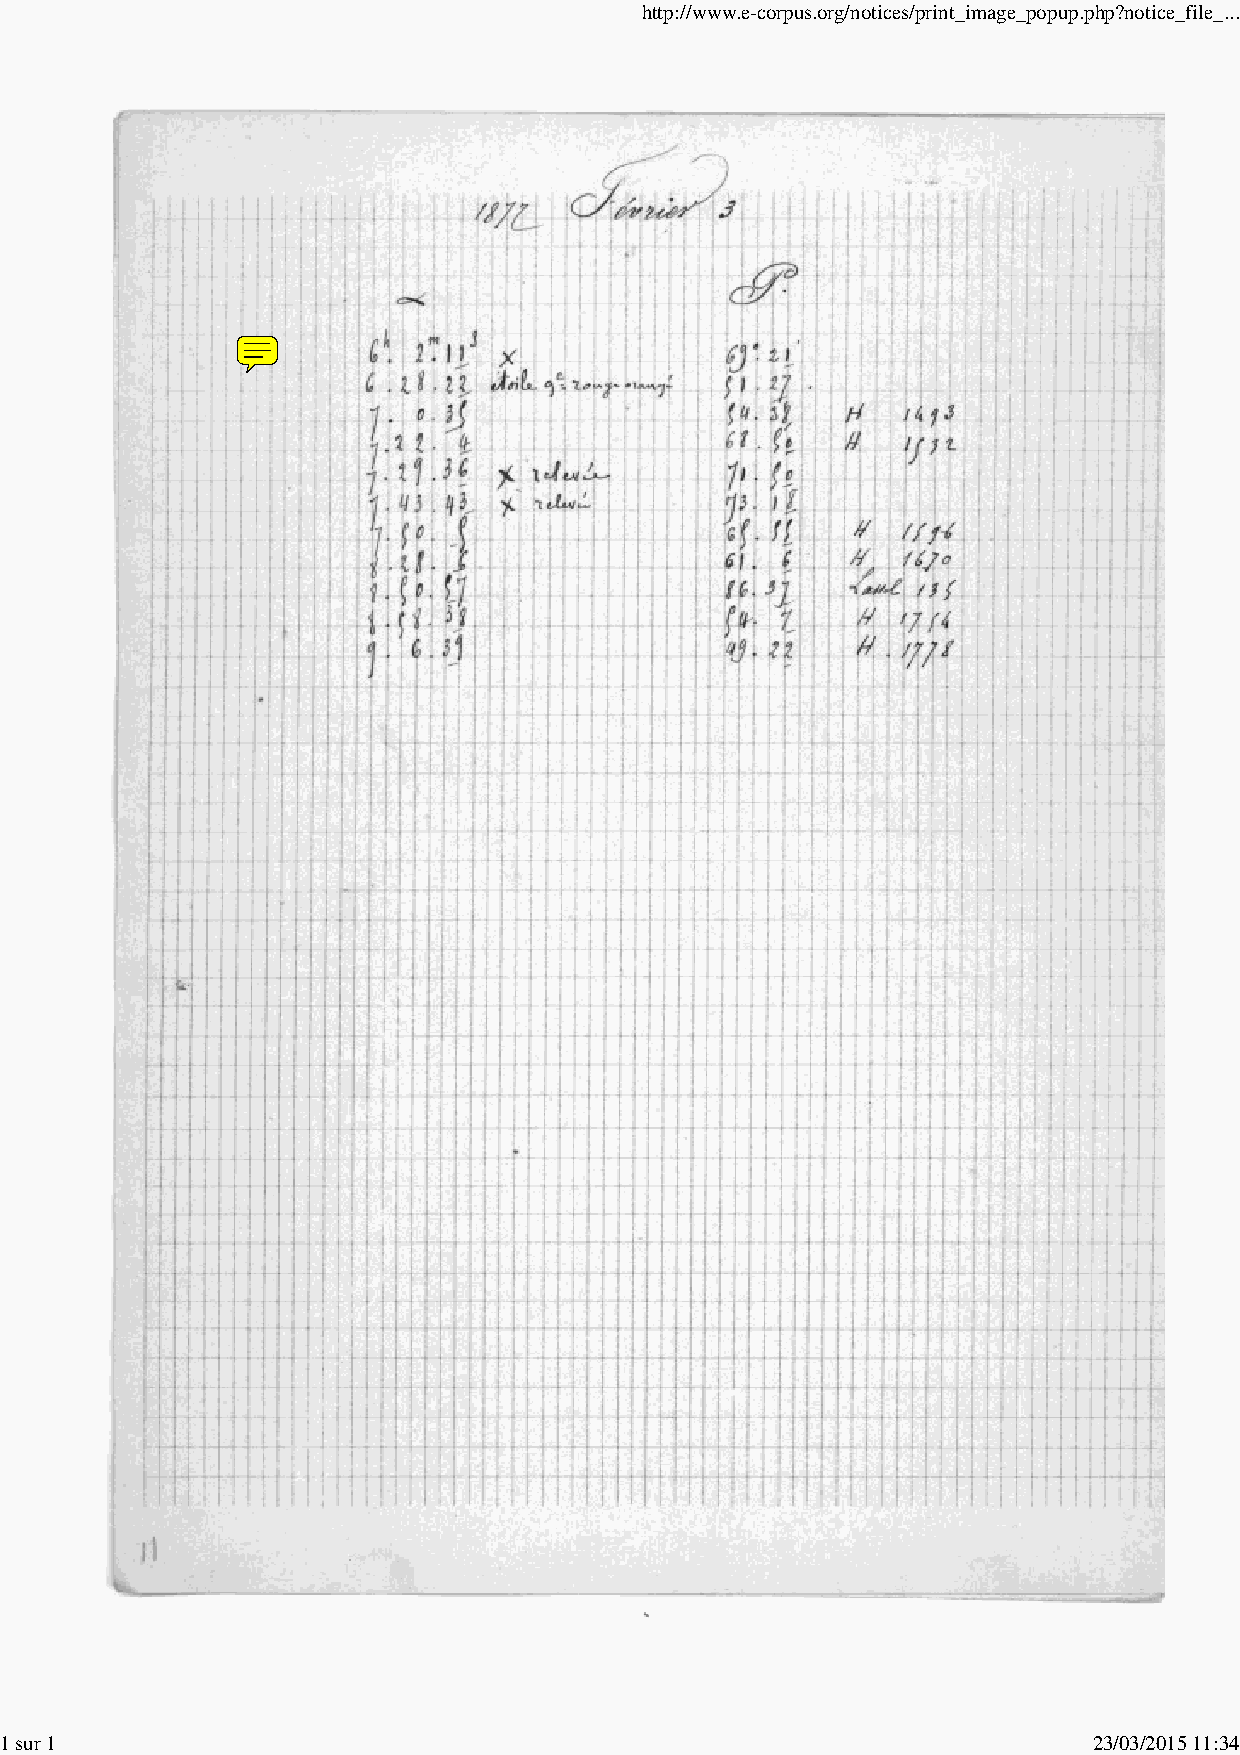
http://www.e-corpus.org/notices/print_image_popup.php?notice_file_...
 1 sur 1                                                                 23/03/2015 11:34